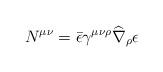
LaTeX: \begin{align*}N^{\mu \nu} = \bar \epsilon\gamma^{\mu \nu \rho}\widehat\nabla_{\rho} \epsilon\end{align*}